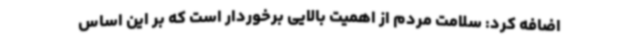
اضافه کرد: سلامت مردم از اهمیت بالایی برخوردار است که بر این اساس